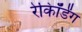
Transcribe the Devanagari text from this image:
रेकॉिर्डंग